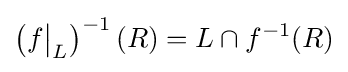
\left(f{\big \vert }_{L}\right)^{-1}(R)=L\cap f^{-1}(R)